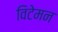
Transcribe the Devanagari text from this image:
विटेमन